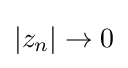
\left|z_{n}\right|\to 0